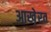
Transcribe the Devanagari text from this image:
आखे़रत